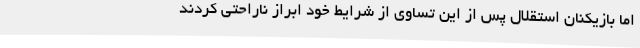
اما بازیکنان استقلال پس از این تساوی از شرایط خود ابراز ناراحتی کردند